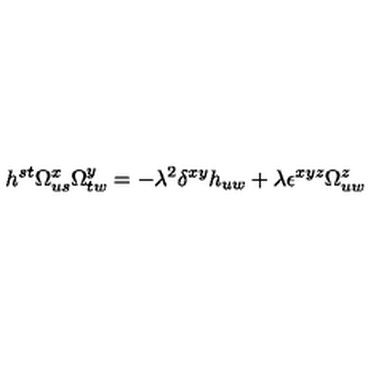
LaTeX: h ^ { s t } \Omega _ { u s } ^ { x } \Omega _ { t w } ^ { y } = - \lambda ^ { 2 } \delta ^ { x y } h _ { u w } + \lambda \epsilon ^ { x y z } \Omega _ { u w } ^ { z }